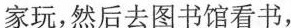
家玩，然后去图书馆看书，